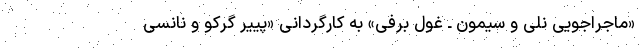
«ماجراجویی نلی و سیمون ـ غول برفی» به کارگردانی «پییر گرکو و نانسی